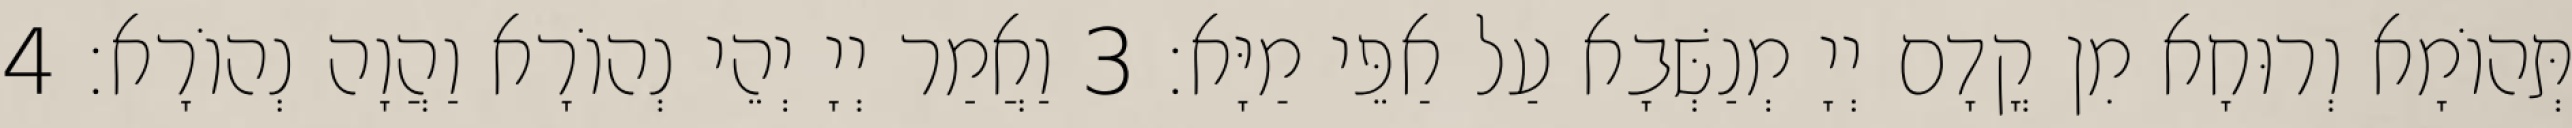
תְּהוֹמָא וְרוּחָא מִן קֳדָם יְיָ מְנַשְּׁבָא עַל אַפֵּי מַיָּא׃ 3 וַאֲמַר יְיָ יְהֵי נְהוֹרָא וַהֲוָה נְהוֹרָא׃ 4